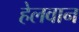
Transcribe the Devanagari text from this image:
हेलवान